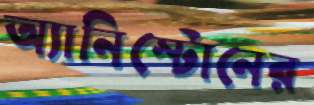
অ্যানিস্টোনের